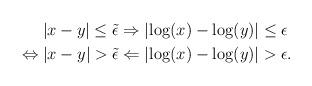
LaTeX: \begin{align*}\left| x-y \right|\le \tilde{\epsilon} &\Rightarrow \left| \log(x)- \log(y) \right| \le \epsilon\\\Leftrightarrow \left| x- y \right| > \tilde{\epsilon} & \Leftarrow \left| \log(x)- \log(y) \right| > \epsilon.\end{align*}